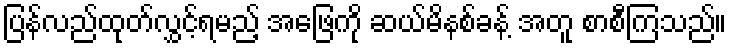
ပြန်လည်ထုတ်လွှင့်ရမည့် အဖြေကို ဆယ်မိနစ်ခန့် အတူ စာစီကြသည်။